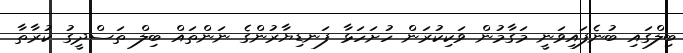
ބިލްގައި ބުނެފައިވަނީ މަގާމުން ވަކިކުރަން ހުށަހަޅާ ފަނޑިޔާރުންގެ ނަންތައް ބިލް ތަސްދީގު ކުރާތާ